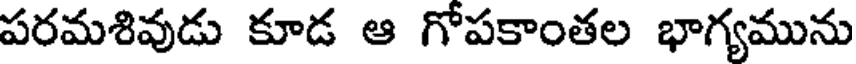
పరమశివుడు కూడ ఆ గోపకాంతల భాగ్యమును